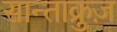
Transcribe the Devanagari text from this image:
सान्ताक्रुज़